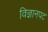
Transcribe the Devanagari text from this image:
विज्ञानपट